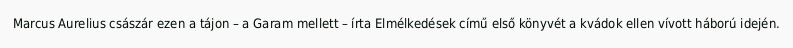
Marcus Aurelius császár ezen a tájon – a Garam mellett – írta Elmélkedések című első könyvét a kvádok ellen vívott háború idején.